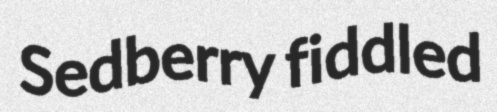
Sedberry fiddled